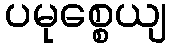
ပမုစ္စေယျ